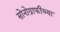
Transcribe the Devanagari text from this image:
सोनोग्राफीच्या